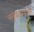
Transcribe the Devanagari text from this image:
मसुद्याप्रमाणे